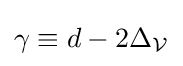
\gamma \equiv d-2\Delta _{\mathcal {V}}